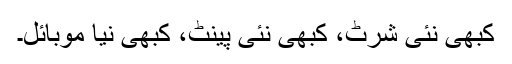
کبھی نئی شرٹ، کبھی نئی پینٹ، کبھی نیا موبائل۔